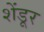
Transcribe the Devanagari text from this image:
शेंडूर